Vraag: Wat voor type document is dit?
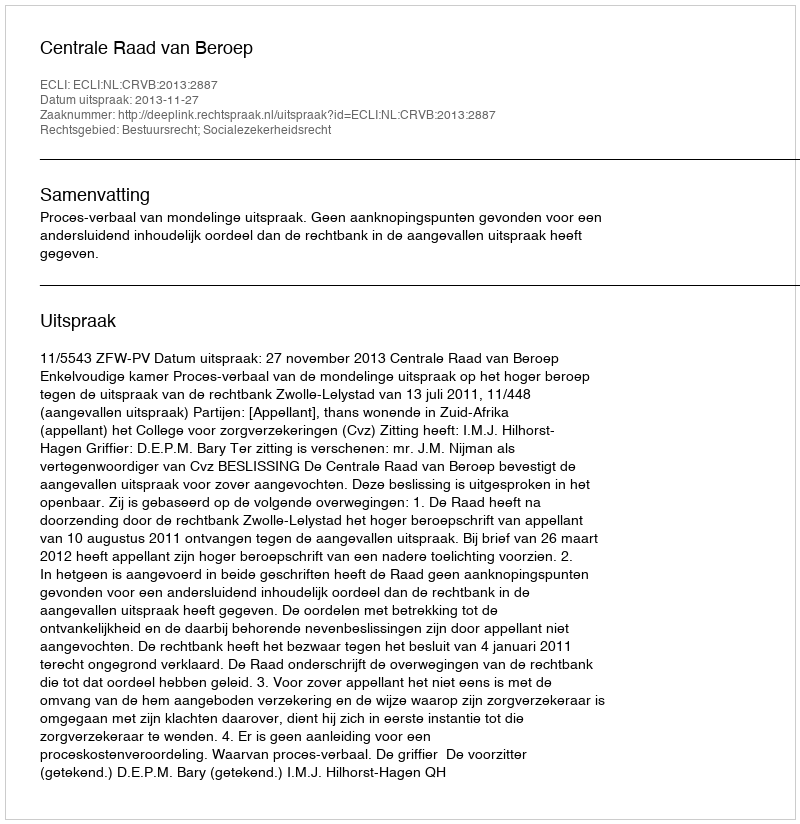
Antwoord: Uitspraak